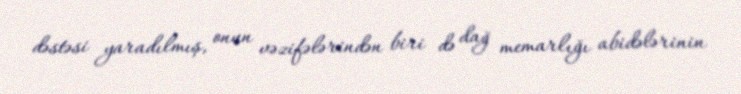
dəstəsi yaradılmış, onun vəzifələrindən biri də dağ memarlığı abidələrinin